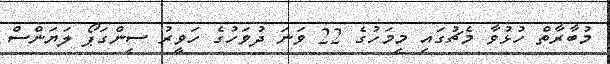
މުބާރާތް ހުޅުވާ މެޗުގައި މިމަހުގެ 22 ވަނަ ދުވަހުގެ ހަވީރު ސިންގަޕޯ ލަޔަންސް